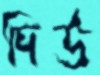
দিউ